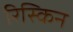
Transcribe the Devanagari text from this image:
रिस्किन